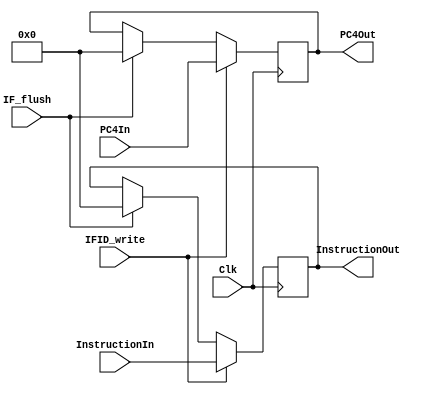
`timescale 1ns / 1ps
//////////////////////////////////////////////////////////////////////////////////
// Company: 
// Engineer: 
// 
// Design Name: 
// Module Name: FE_DEC_Reg
// Project Name: 
// Target Devices: 
// Tool Versions: 
// Description: 
// 
// Dependencies: 
// 
// Revision:
// Revision 0.01 - File Created
// Additional Comments:
// 
//////////////////////////////////////////////////////////////////////////////////


module FEDEC_Reg(
    InstructionIn,PC4In,
    InstructionOut,PC4Out,
    Clk, IFID_write, IF_flush
    );
    input Clk, IFID_write, IF_flush;
    input [31:0] InstructionIn, PC4In;
    output reg [31:0] InstructionOut, PC4Out;
    //Memory Allocation
    reg [31:0] Instruction, PC4;
    //
    initial begin
        Instruction <= 0;
        PC4 <= 0;
    end
    //Write operations: only update at posedge 
    always @(posedge Clk) begin
        if (IFID_write == 1) begin 
            Instruction <= InstructionIn;
            PC4 <= PC4In; 
        end
        //flush
        else if (IF_flush == 1) begin
            Instruction <= 32'b0;
            PC4 <= 32'b0; //tentative
        end
    end
    //Read operations : read any time, output un-updated value at any time
    always @(*) begin
        InstructionOut <= Instruction;
        PC4Out <= PC4;
    end
endmodule